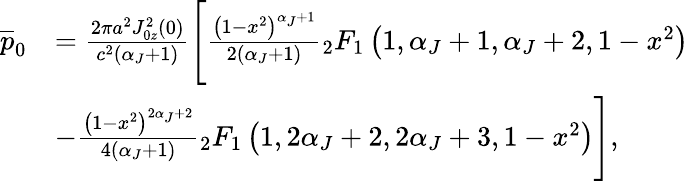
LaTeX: \begin{array}{rl}{\overline{{p}}_{0}}&{=\frac{2\pi a^{2}J_{0z}^{2}(0)}{c^{2}\left(\alpha_{J}+1\right)}\Bigg[\frac{\left(1-x^{2}\right)^{\alpha_{J}+1}}{2\left(\alpha_{J}+1\right)}{_2}F_{1}\left(1,\alpha_{J}+1,\alpha_{J}+2,1-x^{2}\right)}\\ &{-\frac{\left(1-x^{2}\right)^{2\alpha_{J}+2}}{4\left(\alpha_{J}+1\right)}{_2}F_{1}\left(1,2\alpha_{J}+2,2\alpha_{J}+3,1-x^{2}\right)\Bigg],}\end{array}